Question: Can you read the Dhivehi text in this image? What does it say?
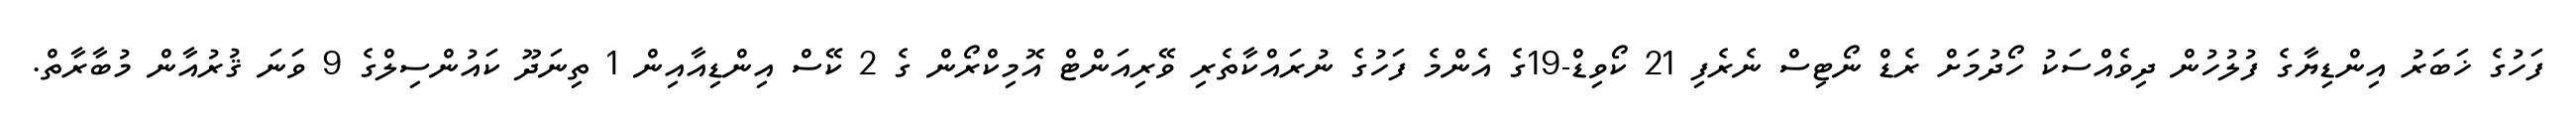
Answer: ފަހުގެ ޚަބަރު އިންޑިޔާގެ ފުލުހުން ދިވެއްސަކު ހޯދުމަށް ރެޑް ނޯޓިސް ނެރެފި 21 ކޯވިޑް-19ގެ އެންމެ ފަހުގެ ނުރައްކާތެރި ވޭރިއަންޓް އޮމިކްރޯން ގެ 2 ކޭސް އިންޑިއާއިން 1 ތިނަދޫ ކައުންސިލްގެ 9 ވަނަ ޤުރުއާން މުބާރާތް.